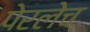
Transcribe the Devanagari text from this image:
पेरलेच